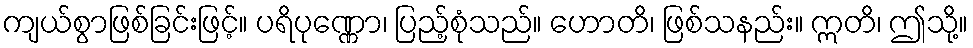
ကျယ်စွာဖြစ်ခြင်းဖြင့်။ ပရိပုဏ္ဏော၊ ပြည့်စုံသည်။ ဟောတိ၊ ဖြစ်သနည်း။ ဣတိ၊ ဤသို့။